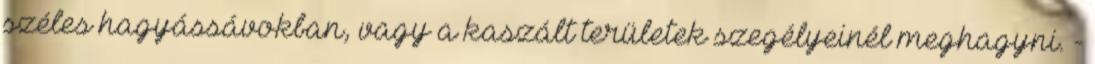
széles hagyássávokban, vagy a kaszált területek szegélyeinél meghagyni. -